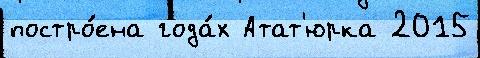
постро́ена года́х Атат'юрка 2015